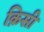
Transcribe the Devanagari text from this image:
क़िसी